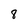
Character: 8